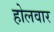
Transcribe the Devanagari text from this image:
होलवार